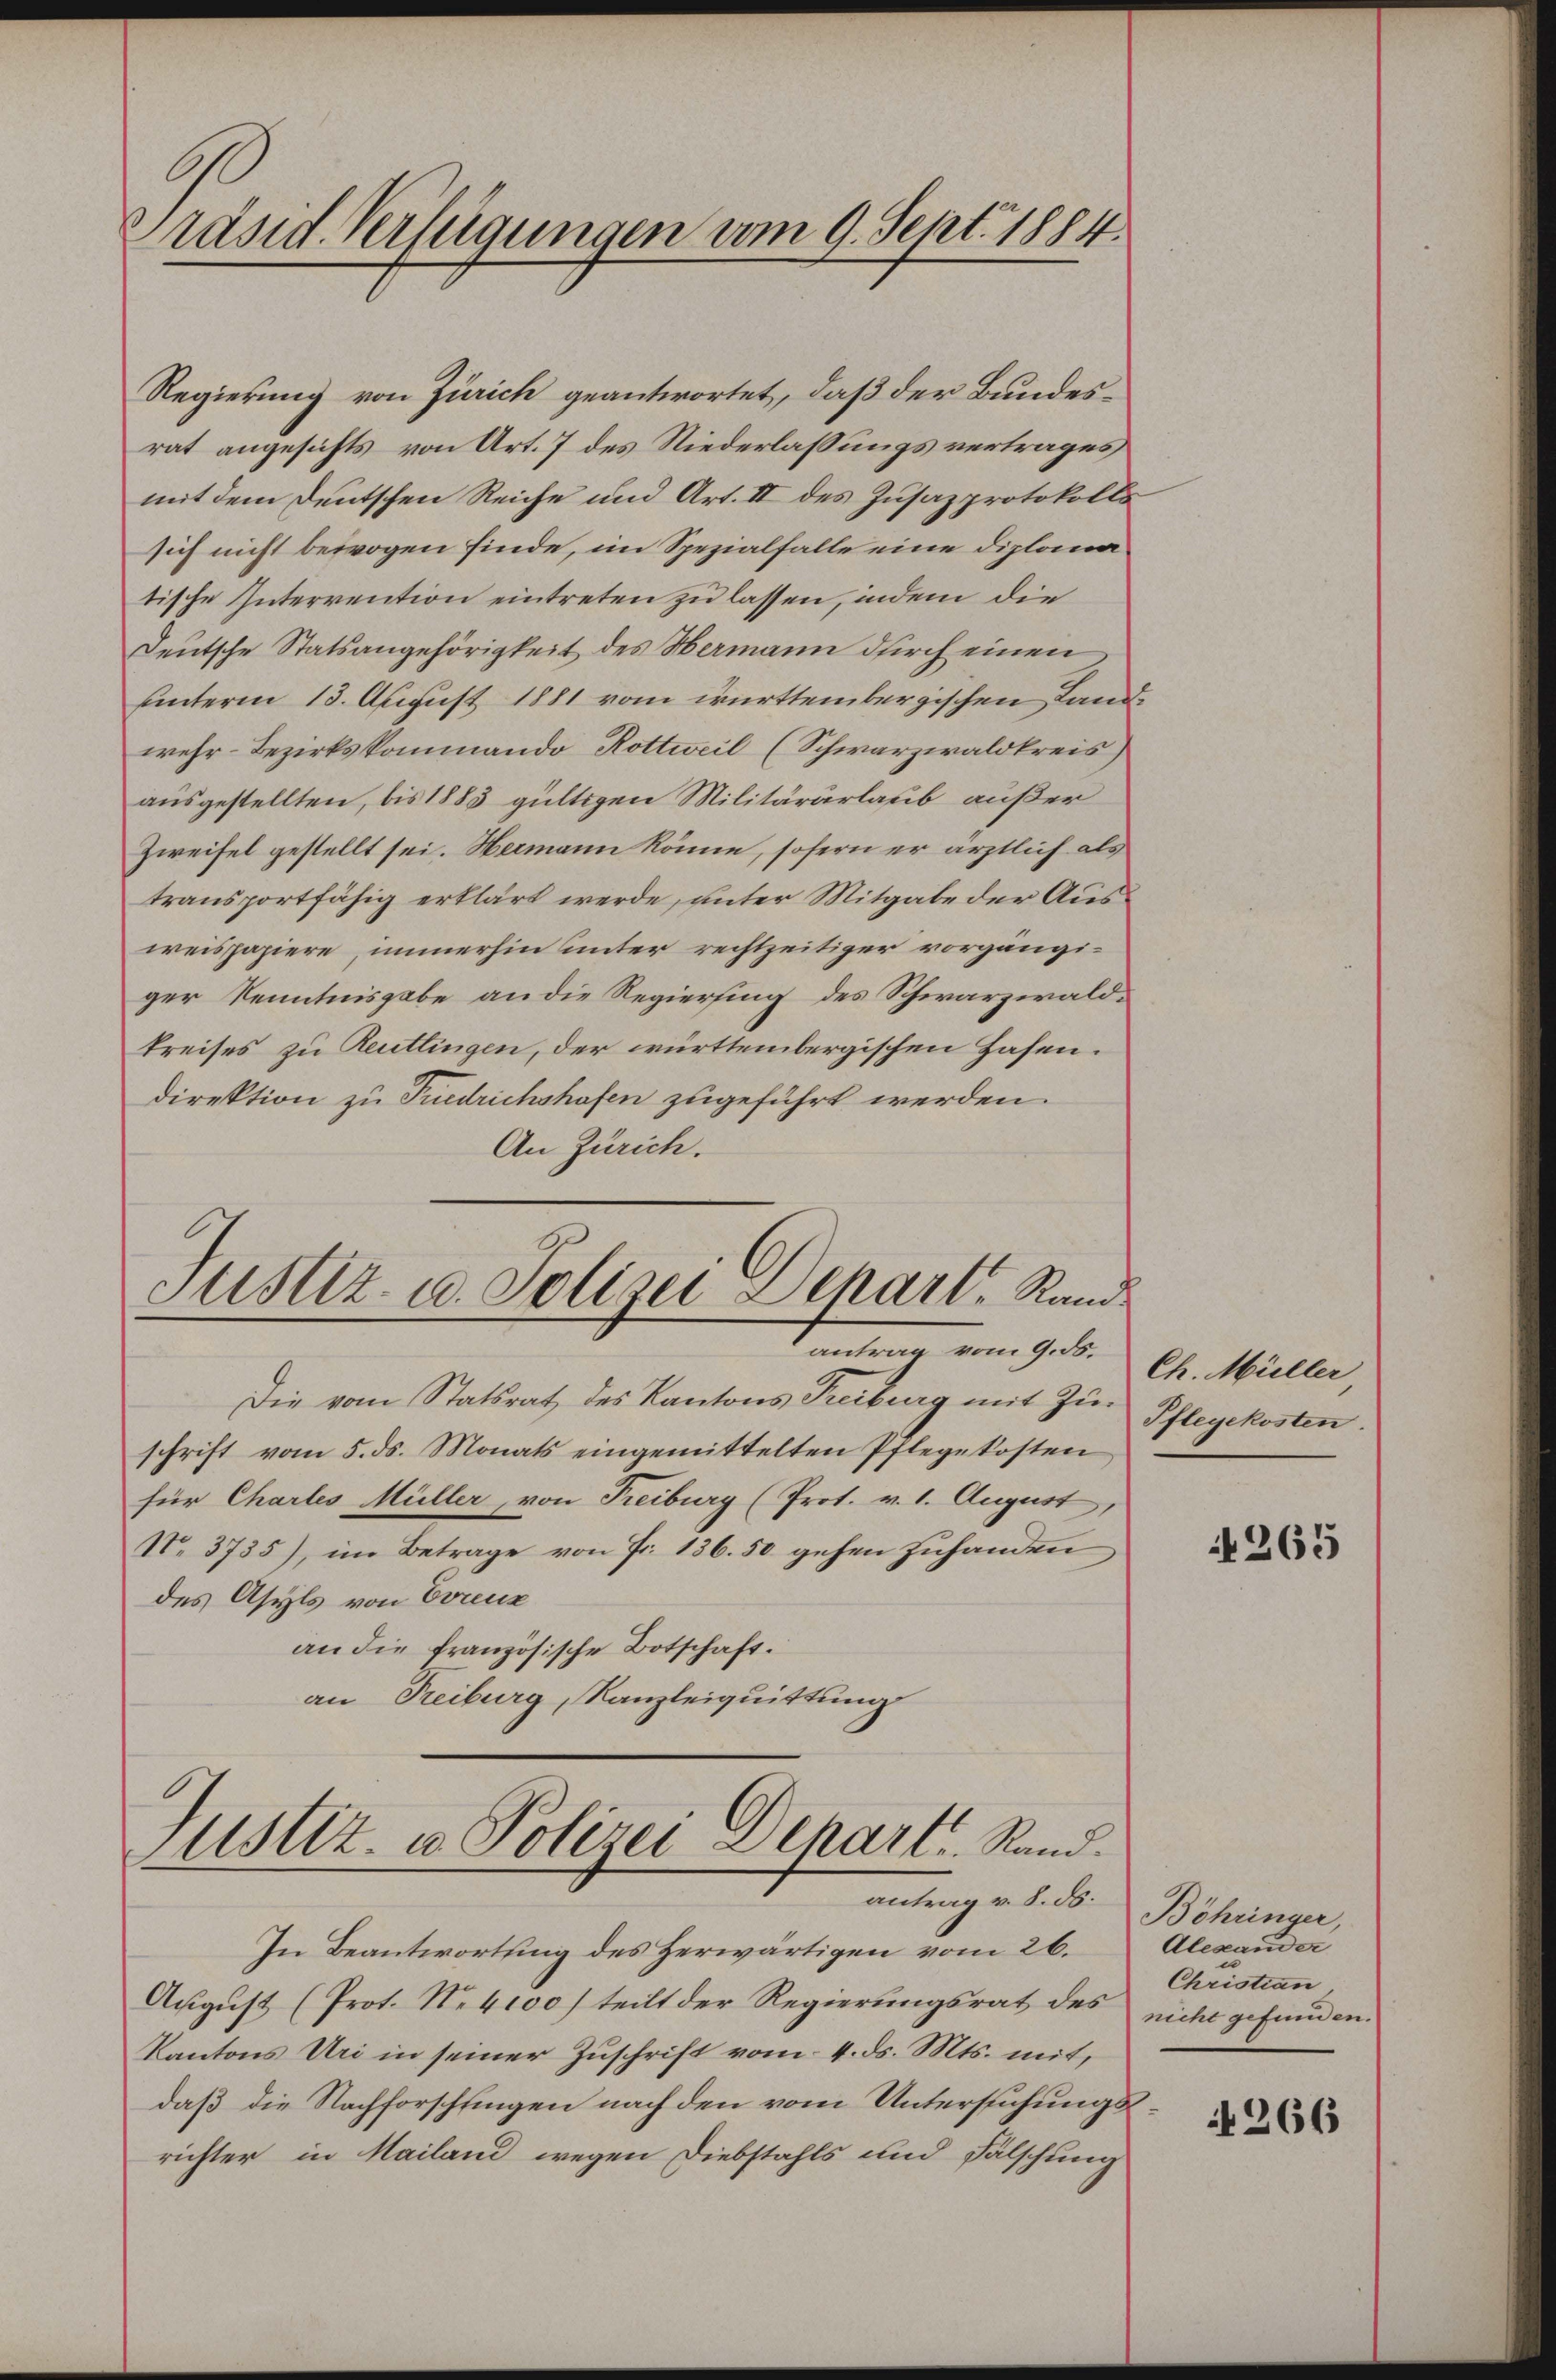
Präsid. Verfügungen vom 9. Sept. 1884.

Regierung von Zürich geantwortet, daß der Bundesrat angesichts von Art. 7 des Niederlassungsvertrages
mit dem Deutschen Reiche und Art. II des Zusazprotokolls
sich nicht bewogen finde, im Spezialfalle eine Diplomatische Interrention eintreten zu lassen, indem die
Deutsche Statsangehörigkeit des Hermann durch einen
unterm 13. August 1881 vom württembergischen Landwehr-Bezirkskommando Rottweil (Schwarzwaldkreis
ausgestellten, bis 1883 gültigen Militärarlaub außer
Zweifel gestellt sei. Hermann könne, sofern er ärztlich als
transportfähig erklärt werde, unter Mitgabe der Ausweispapiere, immerhin unter rechtzeitiger vorgängiger Kenntnisgabe an die Regiersing des Schwarzwald¬
Preises zu Reutlingen, der württembergischen Hasen.
direktion zu Puedrichshofen zugeführt werden.
An Zürich.

Justiz- u. Polizei Depart, Rand
antrag vom 9. ds.

Justiz- u Polizei Depart, Stand.
antrag v. 8. ds.

Die vom Statsrat des Kantons Treiburg mit Zuschrift vom 5. ds. Monats eingemittelten Pflegekosten
für Chartes Müller, von Freiburg (Prot. v. 1. August,
N. 3735), im Betrage von Fr. 136. 50 gehen zuhanden
des Asyls von Creuz
an die französische Botschaft.
an Treiburg, Kanzleiquittung

Ch. Müller
Pflegekosten.

In Beantwortung des Herwärtigen vom 26.
August (Prot. Ne4100) teilt der Regierungsrat des
Kantons Uri in seiner Zuschrift vom 4. ds. Mts. mit,
daß die Nachforschfingen nach den vom Untersuchungsrichter in Mailand wegen Diebstahls und Fälschung

265

Böhringer,
Alexander
u
Christian
nicht gefunden.

266